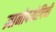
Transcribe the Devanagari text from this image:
ज्ञानोपयोगिनी